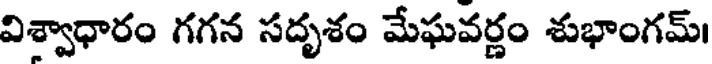
విశ్వాధారం గగన సదృశం మేఘవర్ణం శుభాంగమ్।